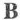
B